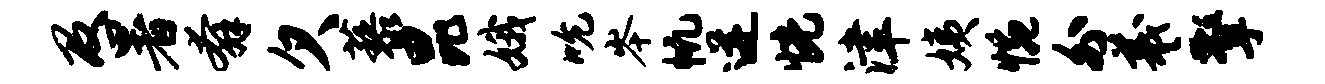
及暑奔欠藜昆娥吮岑帆迸恍津姨惋外羲擎